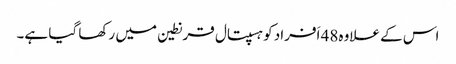
اس کے علاوہ48 اَفراد کو ہسپتال قرنطین میں رکھا گیا ہے۔